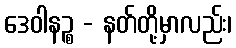
ဒေဝါနဉ္စ - နတ်တို့မှာလည်း၊